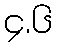
၄.၆